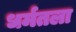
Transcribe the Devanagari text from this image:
धर्मतला